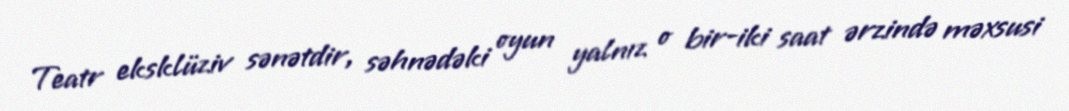
Teatr eksklüziv sənətdir, səhnədəki oyun yalnız o bir-iki saat ərzində məxsusi